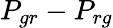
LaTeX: P_{gr}-P_{rg}